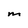
Character: M